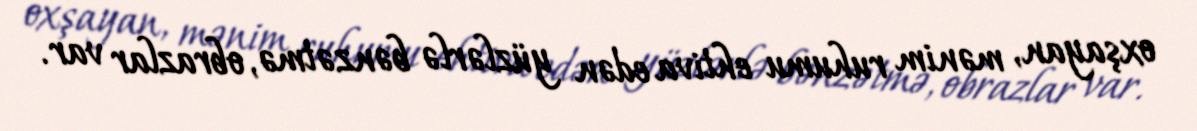
oxşayan, mənim ruhumu ehtiva edən yüzlərlə bənzətmə, obrazlar var.